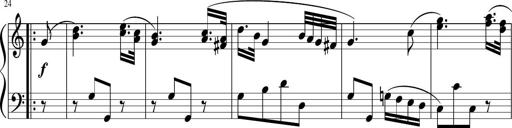
Title: 12 Keyboard Sonatinas
Composer: James Hook